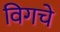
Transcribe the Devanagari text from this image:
विगचे